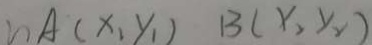
n A ( x _ { 1 } y _ { 1 } ) B ( x _ { 2 } y _ { 2 } )